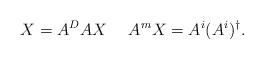
LaTeX: \begin{align*} X=A^{D}AX~~~~A^{m}X=A^{i}(A^{i})^{\dagger}.\end{align*}